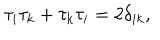
\tau _ { i } \tau _ { k } + \tau _ { k } \tau _ { i } = 2 \delta _ { i k } ,